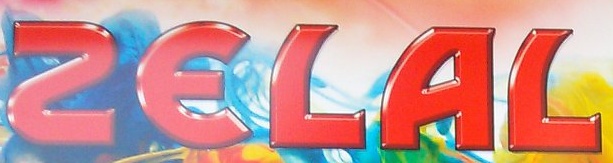
ZELAL